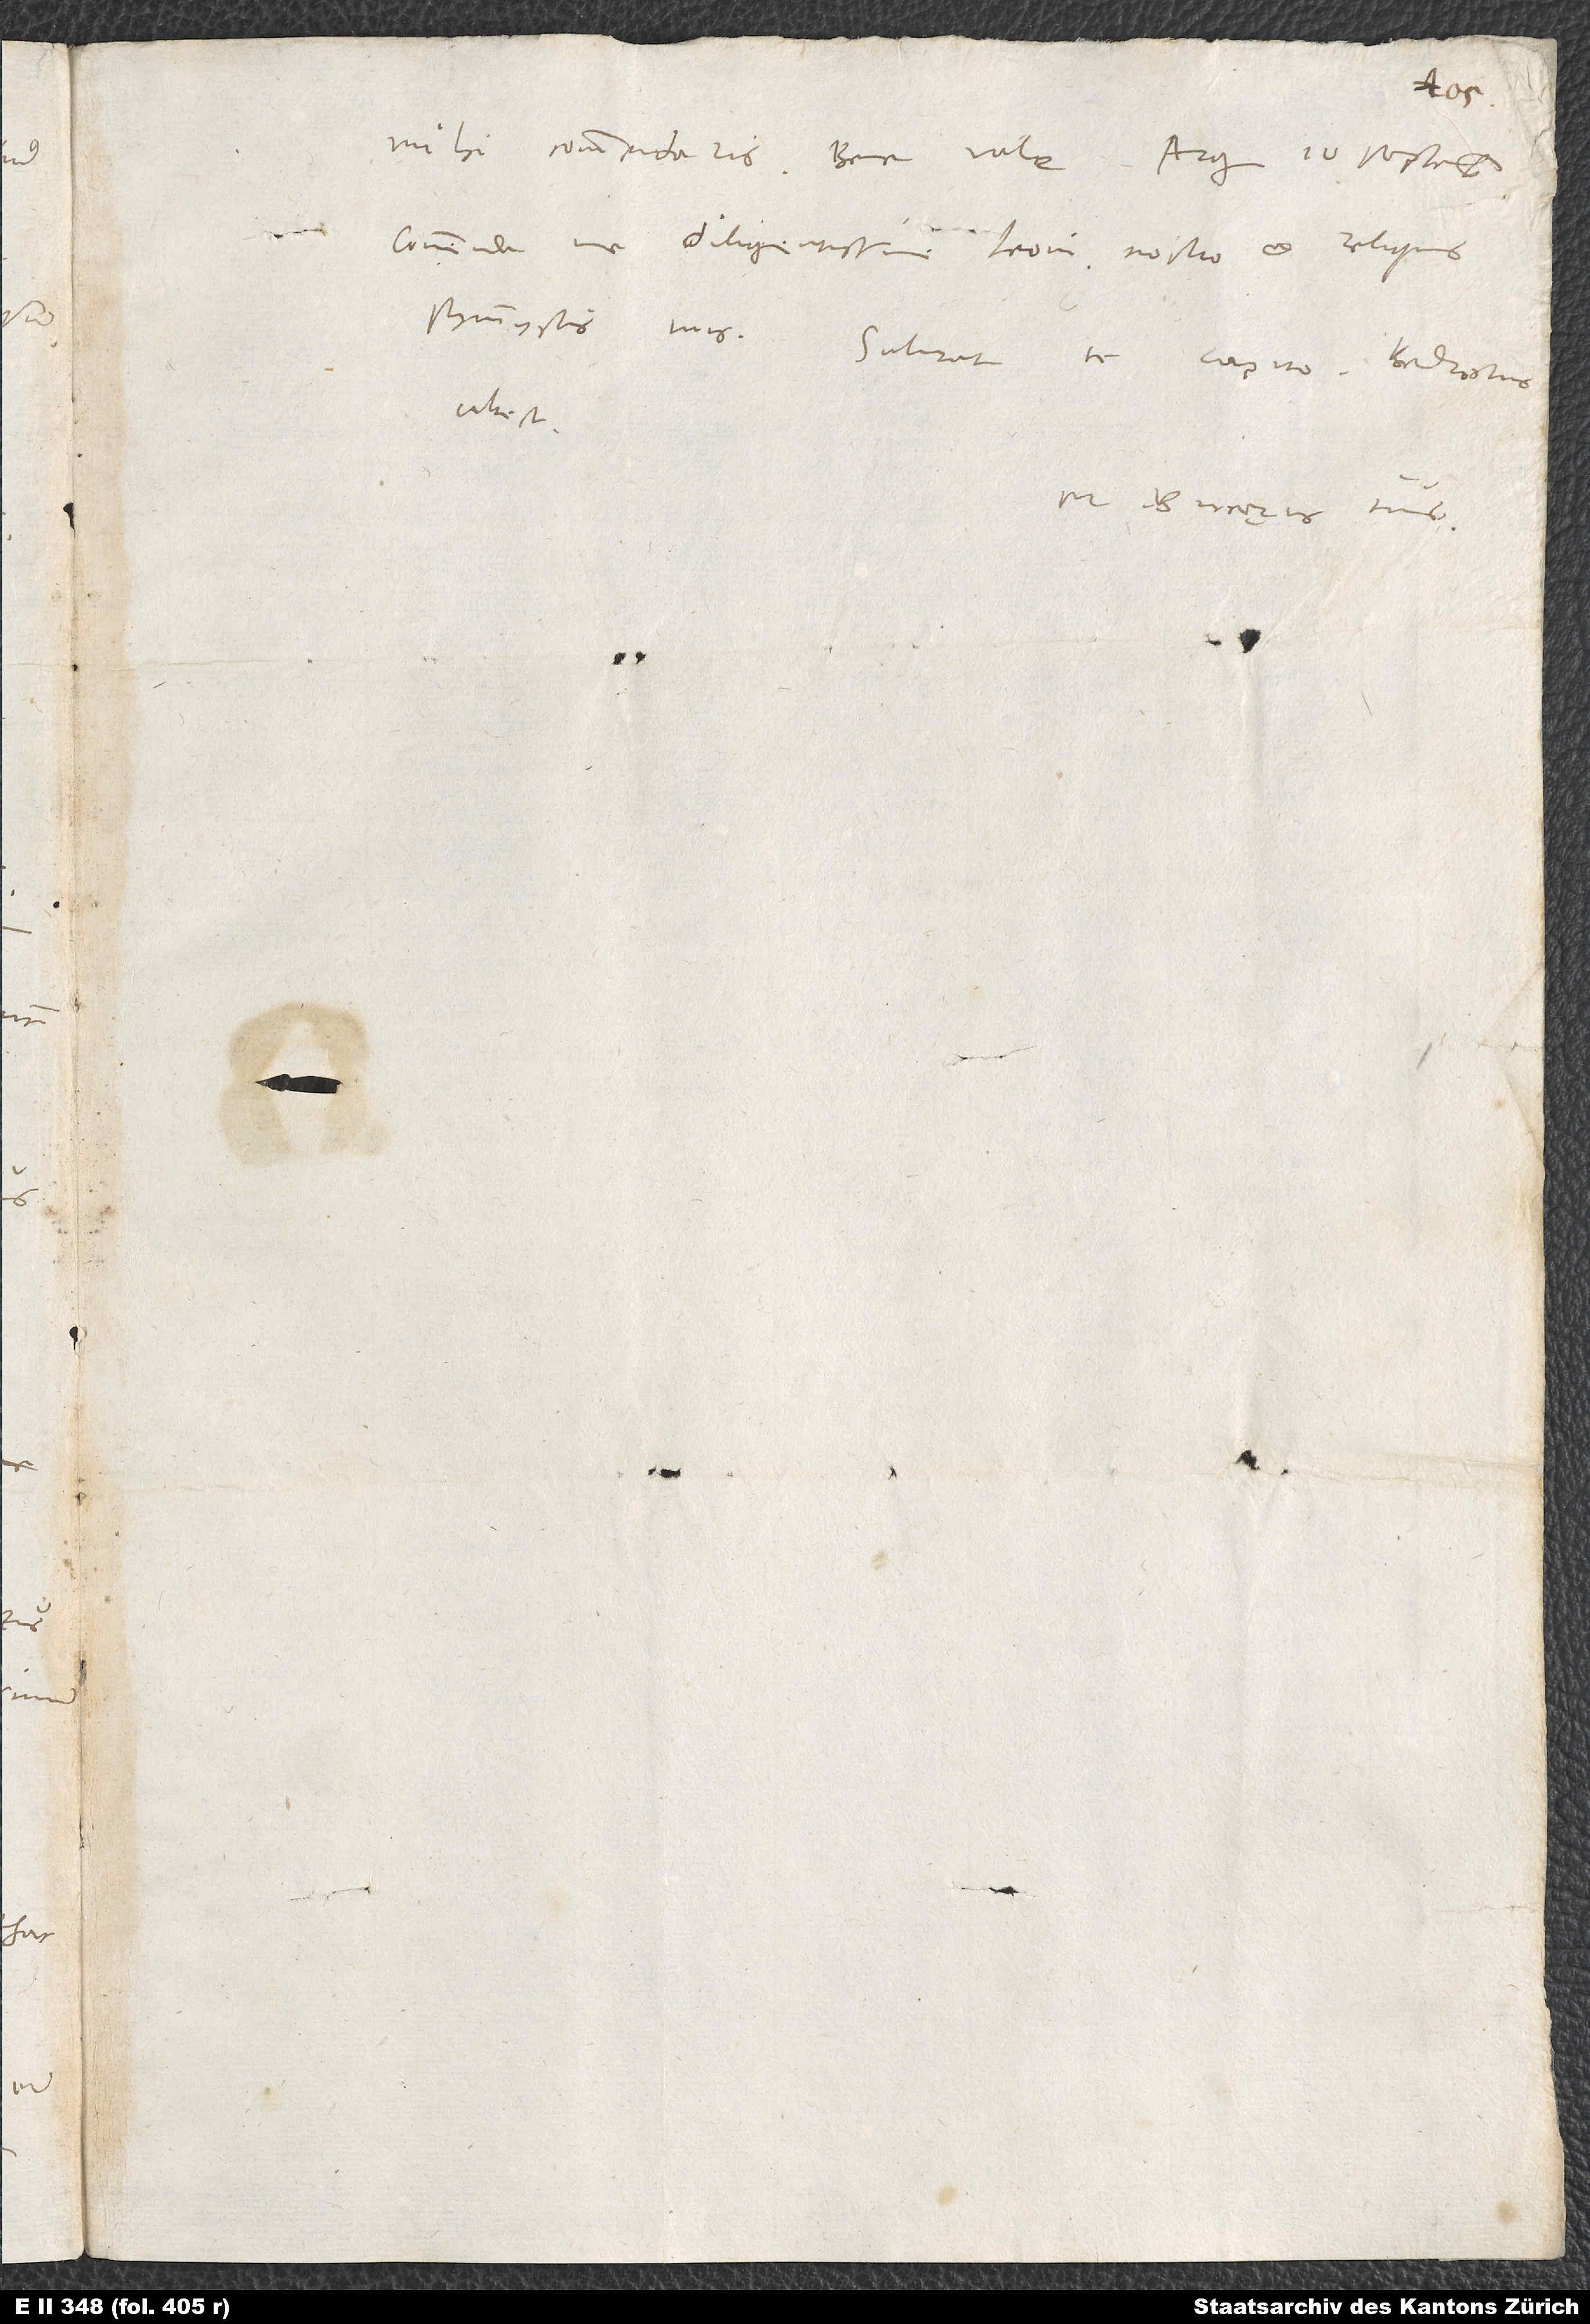
Commenda me diligentissime Leoni nostro et reliquis
symmystis tuis. Salutat te Capito. Bedrotus
abest.